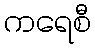
ကရေစီ